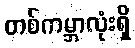
တစ်ကမ္ဘာလုံးရှိ